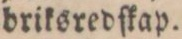
briksredfkap.